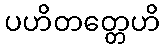
ပဟိတတ္တေဟိ